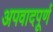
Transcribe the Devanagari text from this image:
अपवादपूर्ण